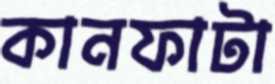
কানফাটা